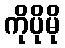
ကိုပိုမို